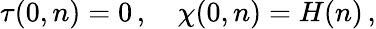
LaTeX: \tau(0,n)=0\, ,\quad\chi(0,n)=H(n)\, ,